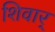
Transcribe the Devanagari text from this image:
शिवार्